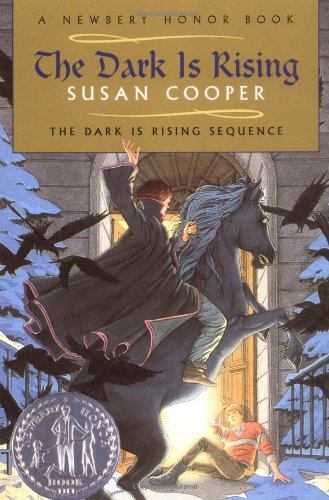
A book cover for The Dark is Rising (The Dark is Rising Sequence); Susan Cooper; Children's Books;